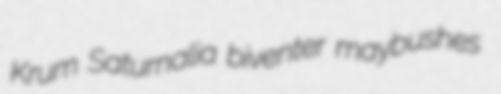
Krum Saturnalia biventer maybushes